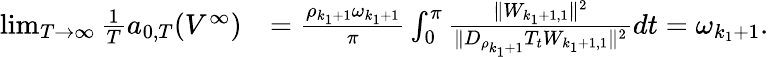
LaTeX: \begin{array}{rl}{\operatorname*{lim}_{T\to\infty}\frac{1}{T}a_{0,T}(V^{\infty})}&{=\frac{\rho_{k_{1}+1}\omega_{k_{1}+1}}{\pi}\int_{0}^{\pi}\frac{\| W_{k_{1}+1,1}\| ^{2}}{\| D_{\rho_{k_{1}+1}}T_{t}W_{k_{1}+1,1}\| ^{2}}dt=\omega_{k_{1}+1}.}\end{array}